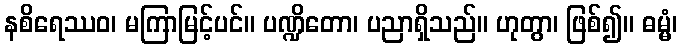
နစိရေဿဝ၊ မကြာမြင့်ပင်။ ပဏ္ဍိတော၊ ပညာရှိသည်။ ဟုတွာ၊ ဖြစ်၍။ ဓမ္မံ၊